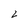
Character: 2